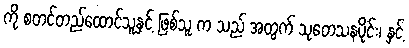
ကို စတင်တည်ထောင်သူနှင့် ဖြစ်သူ က သည် အတွက် သုတေသနပိုင်း၊ နှင့်